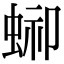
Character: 𧌞